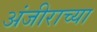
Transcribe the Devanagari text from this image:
अंजीराच्या